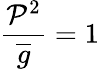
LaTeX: \frac{\mathcal{P}^{2}}{\overline{{{g}}}}=1